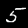
Label: 5